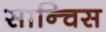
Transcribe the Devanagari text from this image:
सान्चिस